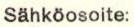
Sähköosoite: